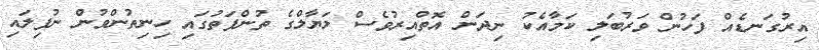
އިރުގަނޑެއް ފަހުން ވަރުބަލި ކަމާއެކު ނިދަން އޮތްއިރުވެސް ލަޔާލްގެ ތުންފަތުގައި ހިނިތުންވުން ނުފިލައި